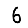
Digit: 6